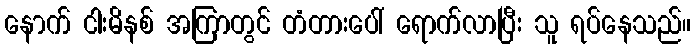
နောက် ငါးမိနစ် အကြာတွင် တံတားပေါ် ရောက်လာပြီး သူ ရပ်နေသည်။